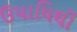
ઉપાધિથી